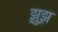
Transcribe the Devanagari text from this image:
झ़ुझ़